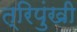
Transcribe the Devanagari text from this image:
त्रिपुंखी